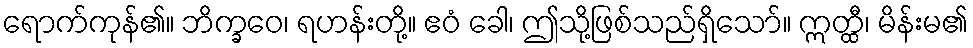
ရောက်ကုန်၏။ ဘိက္ခဝေ၊ ရဟန်းတို့။ ဧဝံ ခေါ၊ ဤသို့ဖြစ်သည်ရှိသော်။ ဣတ္ထီ၊ မိန်းမ၏